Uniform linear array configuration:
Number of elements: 24
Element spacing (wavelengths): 0.75
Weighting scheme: exponential
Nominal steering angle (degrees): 0
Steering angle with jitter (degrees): -1.79
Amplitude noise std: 0.05
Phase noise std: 0.05

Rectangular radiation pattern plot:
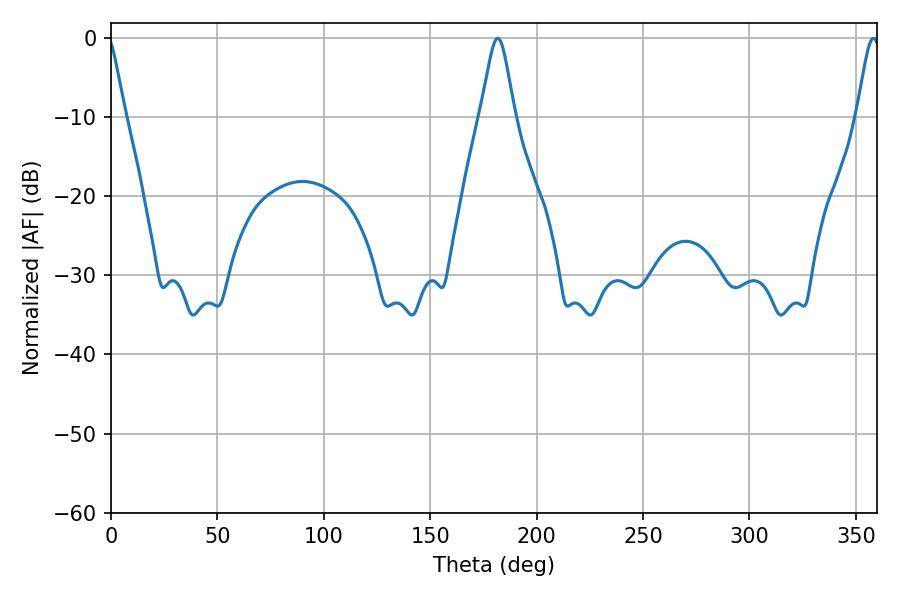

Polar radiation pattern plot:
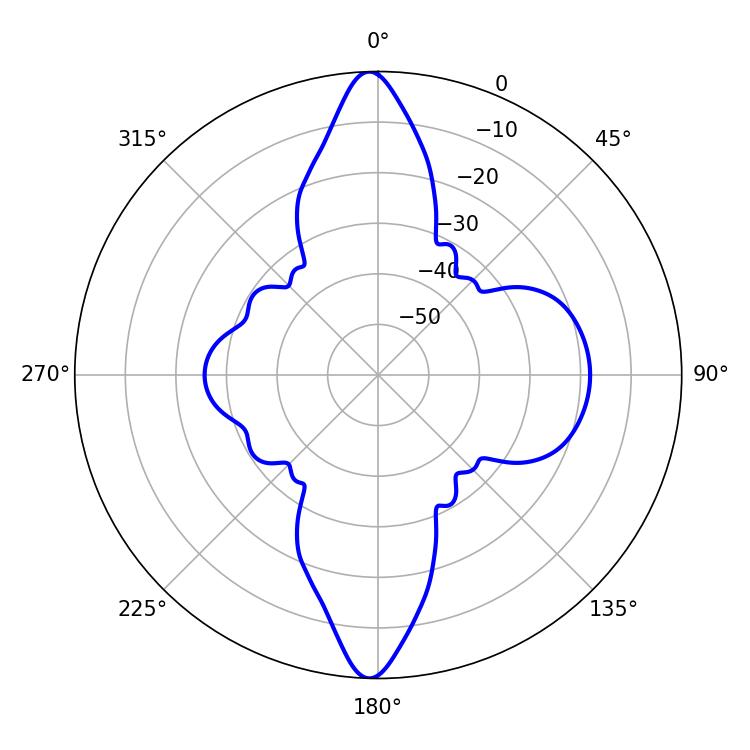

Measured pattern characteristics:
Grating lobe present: TRUE
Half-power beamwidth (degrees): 7.74
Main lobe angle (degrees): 181.8